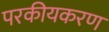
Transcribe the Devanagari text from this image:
परकीयकरण